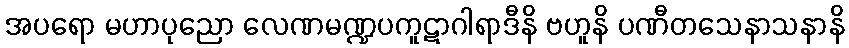
အပရော မဟာပုညော လေဏမဏ္ဍပကူဋာဂါရာဒီနိ ဗဟူနိ ပဏီတသေနာသနာနိ